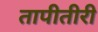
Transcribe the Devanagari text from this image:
तापीतीरी